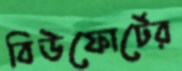
বিউফোর্টের